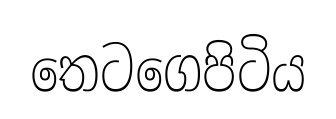
තෙටගෙපිටිය